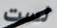
لست